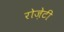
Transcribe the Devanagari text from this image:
रोज़ेटी